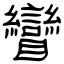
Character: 矕